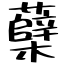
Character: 蘖